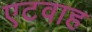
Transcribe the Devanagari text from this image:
एटवाह